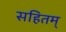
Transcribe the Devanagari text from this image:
सहितम्